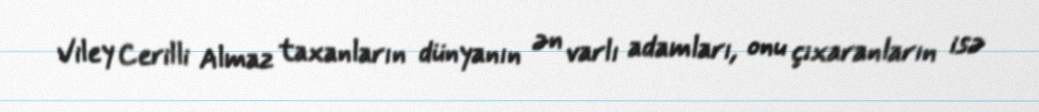
Viley Cerilli Almaz taxanların dünyanın ən varlı adamları, onu çıxaranların isə